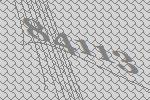
84113